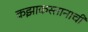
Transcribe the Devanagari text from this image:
कझाकस्तानाची